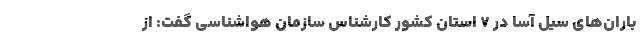
باران‌های سیل آسا در ۷ استان کشور کارشناس سازمان هواشناسی گفت: از